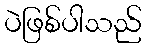
ပဲဖြစ်ပါသည်